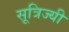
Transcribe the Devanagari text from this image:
सूत्रिज्यी